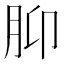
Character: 𫆗